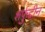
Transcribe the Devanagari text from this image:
शर्फुद्दीन